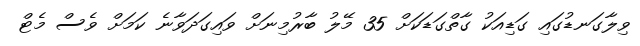
ވިލާގަނޑުގައި ގަޑިއަކު ގާތްގަޑަކަށް 35 މޭލު ބާރުމިނަށް ވައިގަދަވާނެ ކަމަށް ވެސް މެޓް